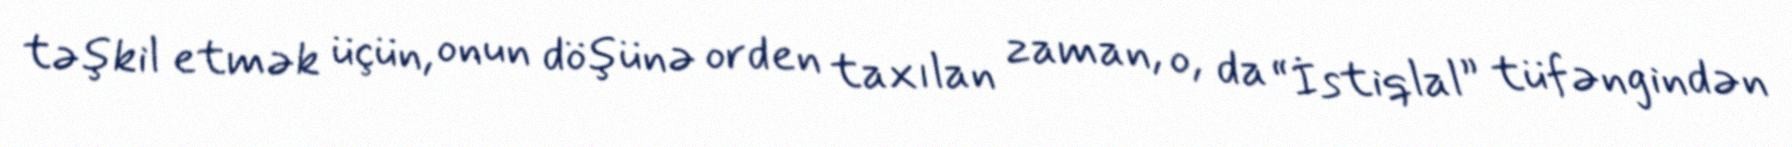
təşkil etmək üçün, onun döşünə orden taxılan zaman, o, da “İstiqlal” tüfəngindən